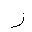
Letter: _zay